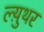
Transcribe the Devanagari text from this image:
ल्य़ुथर